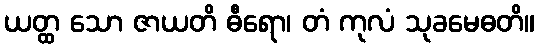
ယတ္ထ သော ဇာယတိ ဓီရော၊ တံ ကုလံ သုခမေဓတိ။